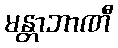
မန္တာဘာဏီ